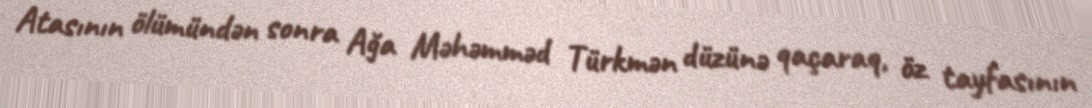
Atasının ölümündən sonra Ağa Məhəmməd Türkmən düzünə qaçaraq, öz tayfasının